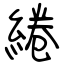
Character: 綣